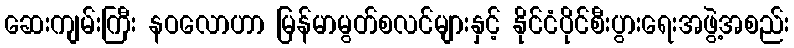
ဆေးကျမ်းကြီး နဝလောဟာ မြန်မာမွတ်စလင်များနှင့် နိုင်ငံပိုင်စီးပွားရေးအဖွဲ့အစည်း